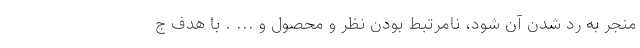
منجر به رد شدن آن شود، نا‌مرتبط بودن نظر و محصول و ... . با هدف ج